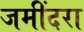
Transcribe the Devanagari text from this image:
जमींदरा